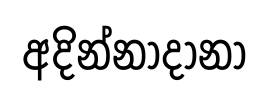
අදින්නාදානා